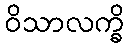
ဝိသာလက္ခိ